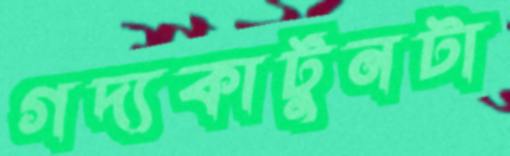
গদ্যকার্টুনটা